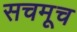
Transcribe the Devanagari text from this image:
सचमूच